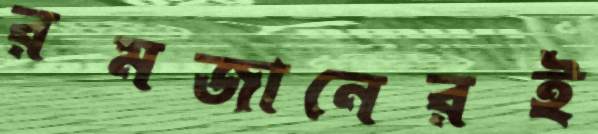
রমজানেরই